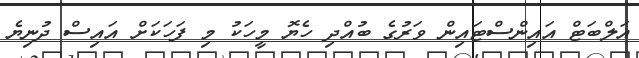
އަލްބަޓް އައިންސްޓައިން ވަރުގެ ބުއްދި ހެޔޮ މީހަކު މި ފަހަކަށް އައިސް ދުނިޔެ